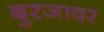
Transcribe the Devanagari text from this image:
बुरजावर